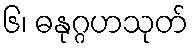
၆၊ ဓနုဂ္ဂဟသုတ်